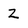
Character: 2